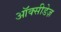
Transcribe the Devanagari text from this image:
ऑक्सीडेज़